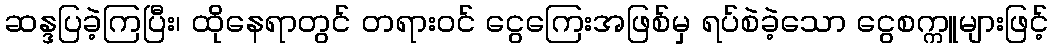
ဆန္ဒပြခဲ့ကြပြီး၊ ထိုနေရာတွင် တရားဝင် ငွေကြေးအဖြစ်မှ ရပ်စဲခဲ့သော ငွေစက္ကူများဖြင့်